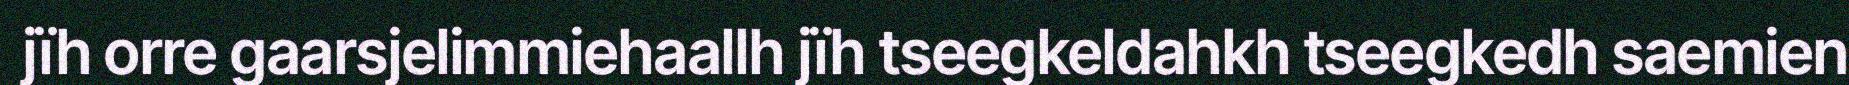
jïh orre gaarsjelimmiehaallh jïh tseegkeldahkh tseegkedh saemien